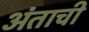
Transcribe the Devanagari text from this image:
अंताची